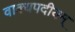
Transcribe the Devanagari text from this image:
वाक्यपदीयम्